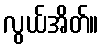
လွယ်အိတ်။